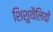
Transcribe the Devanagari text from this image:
शिशुथैलियों